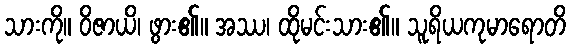
သားကို။ ဝိဇာယိ၊ ဖွား၏။ အဿ၊ ထိုမင်းသား၏။ သူရိယကုမာရောတိ